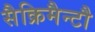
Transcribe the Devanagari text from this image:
सैक्रिमैन्टौ